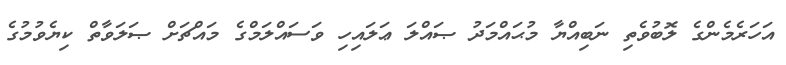
އަހަރެމެންގެ ލޮބުވެތި ނަބިއްޔާ މުޙައްމަދު ޞައްލަ ޢަލައިހި ވަސައްލަމްގެ މައްޗަށް ޞަލަވާތް ކިޔެވުމުގެ